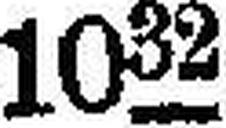
1032